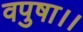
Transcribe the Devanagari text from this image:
वपुषा।।